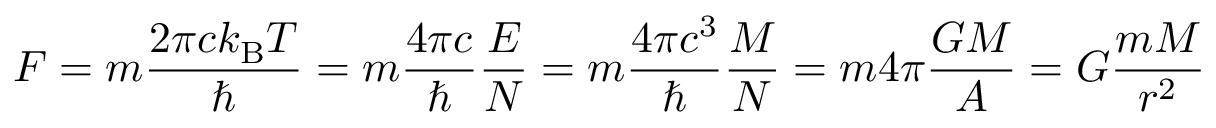
F = m { \frac { 2 \pi c k _ { \mathrm { B } } T } { \hbar } } = m { \frac { 4 \pi c } { \hbar } } { \frac { E } { N } } = m { \frac { 4 \pi c ^ { 3 } } { \hbar } } { \frac { M } { N } } = m 4 \pi { \frac { G M } { A } } = G { \frac { m M } { r ^ { 2 } } }